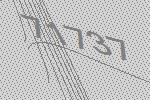
71737